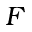
F